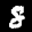
Label: 8